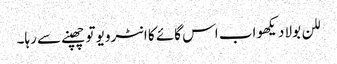
للن بولا دیکھو اب اس گائے کا انٹرویو تو چھپنے سے رہا۔